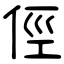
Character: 俓